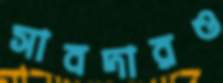
সাবদারও